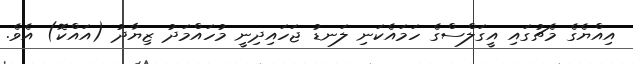
އިއްޔެގެ މެޗުގައި އީގަލްސްގެ ހަމައެކަނި ލަނޑު ޖަހައިދިނީ މުހައްމަދު ޒިޔާދު (އައްކޮ) އެވެ.